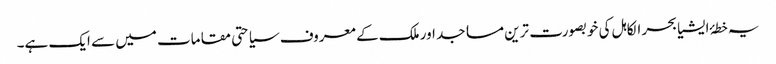
یہ خطۂ ایشیا بحر الکاہل کی خوبصورت ترین مساجد اور ملک کے معروف سیاحتی مقامات میں سے ایک ہے۔